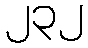
၂၃၂